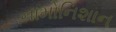
નામોનિશાન